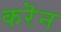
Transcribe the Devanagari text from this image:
करॆन